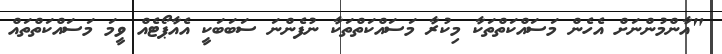
"އާންމުންނަށް އެހެން މަސައްކަތްތަކާ މިކުރާ މަސައްކަތްތަކާ ނުފެންނަ ސަބަބަކީ އެއާޕޯޓެއް ވީމަ މަސައްކަތްތައް